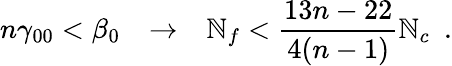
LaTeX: n\gamma_{00}<\beta_{0}~~~\to~~~\mathbb{N}_{f}<{\frac{{13n-22}}{{4(n-1)}}}\mathbb{N}_{c}~~.